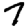
Digit: 7